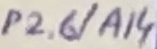
Text: P2.6/A14